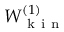
W _ { \mathrm { ~ k ~ i ~ n ~ } } ^ { ( 1 ) }